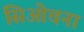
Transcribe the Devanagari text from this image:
सिओचना